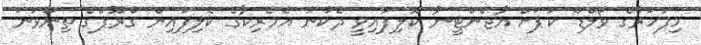
މިފަހަރުގެ ވޯލްޑް ކަޕަށް އާޖެންޓީނާ ކޮލިފައިވީ ދެކުނު އެމެރިކާގެ ކޮލިފައިން ގްރޫޕްގެ ތިންވަނަ